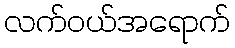
လက်ဝယ်အရောက်